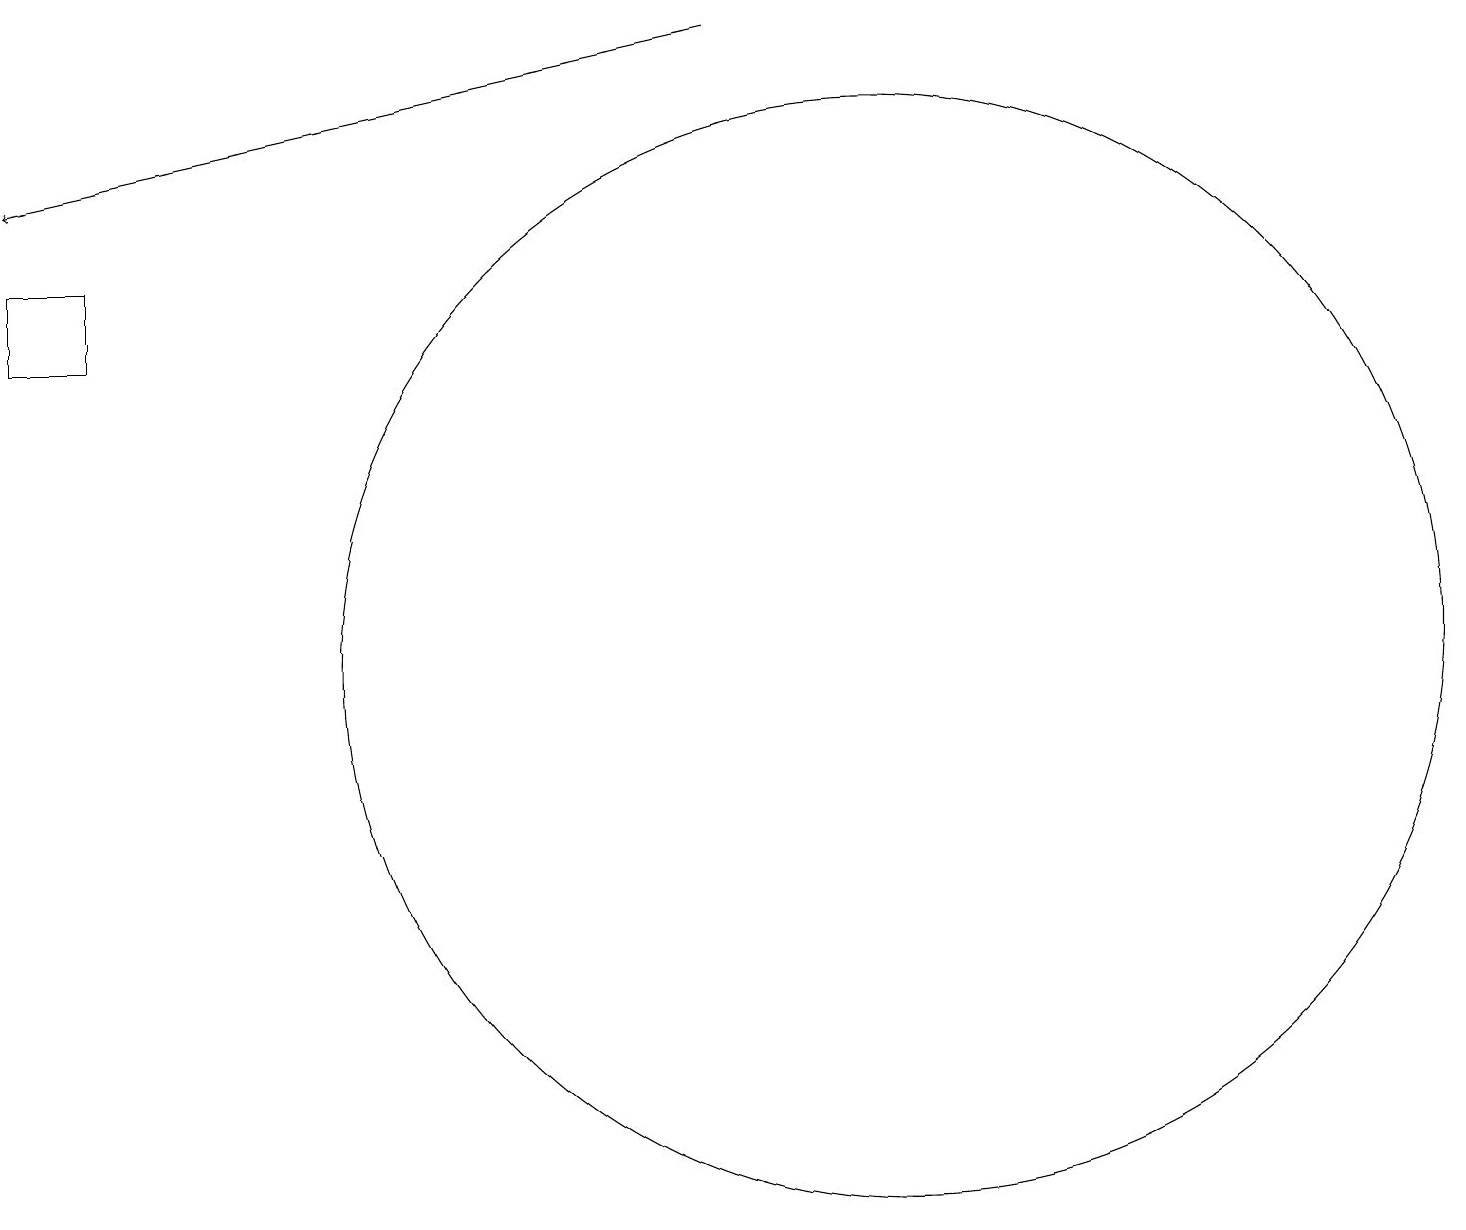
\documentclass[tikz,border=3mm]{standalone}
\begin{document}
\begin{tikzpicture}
\draw[->] (9,19) -- (0,17);
\draw (11,11) circle (7);
\draw (0,16) rectangle (1,15);
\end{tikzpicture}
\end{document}